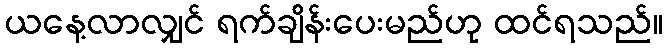
ယနေ့လာလျှင် ရက်ချိန်းပေးမည်ဟု ထင်ရသည်။